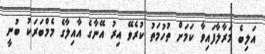
އަލިބެ މަރާލާފައިވާ ކަމަށް ތުހުމަތު ކުރެވޭ އިރު އޭނާގެ އާއިލާގެ މެމްބަރަކު ބުނީ